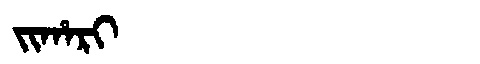
Manchu: ᠵᡳᡥᠠᡵᡳ
Romanization: JIHARI